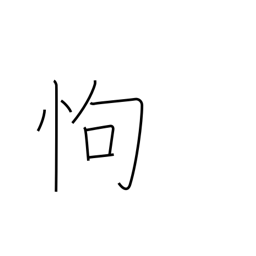
Meaning: fear